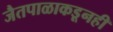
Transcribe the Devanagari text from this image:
जैतपाळाकडूनही